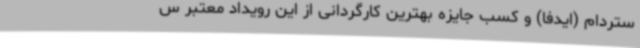
ستردام (ایدفا) و کسب جایزه بهترین کارگردانی از این رویداد معتبر س